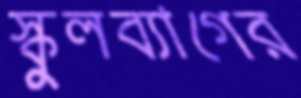
স্কুলব্যাগের